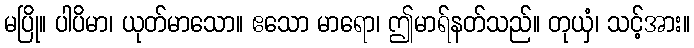
မပြို။ ပါပိမာ၊ ယုတ်မာသော။ ဧသော မာရော၊ ဤမာရ်နတ်သည်။ တုယှံ၊ သင့်အား။